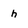
Character: h